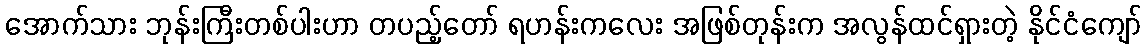
အောက်သား ဘုန်းကြီးတစ်ပါးဟာ တပည့်တော် ရဟန်းကလေး အဖြစ်တုန်းက အလွန်ထင်ရှားတဲ့ နိုင်ငံကျော်